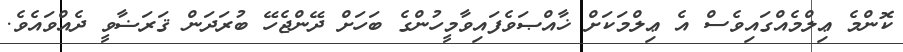
ކޮންމެ ޢިލްމެއްގައިވެސް އެ ޢިލްމަކަށް ޚާއްޞަވެފައިވާމީހުންގެ ބަހަށް ދޭންޖެހޭ ބުރަދަން ޤަރަޟާވީ ދެއްވައެވެ.